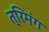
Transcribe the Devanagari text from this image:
त्रिमंग